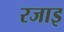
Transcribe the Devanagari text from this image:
रजाइ